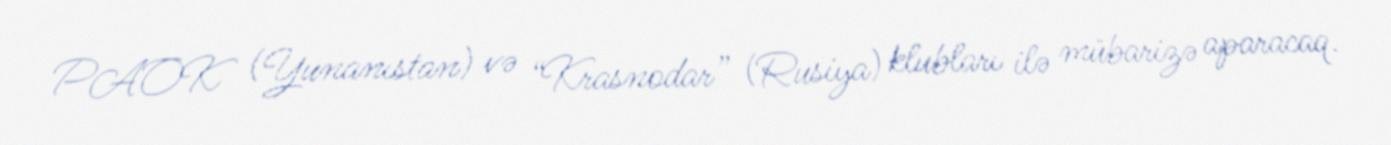
PAOK (Yunanıstan) və “Krasnodar” (Rusiya) klubları ilə mübarizə aparacaq.